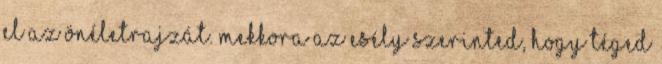
el az önéletrajzát. Mekkora az esély szerinted, hogy Téged